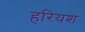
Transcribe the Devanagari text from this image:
हरियश